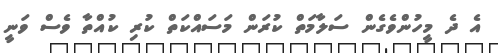
އެ ދެ މީހުންވެގެން ސަލާމަތް ކުރަން މަސައްކަތް ކުރި ކުއްތާ ވެސް ވަނީ